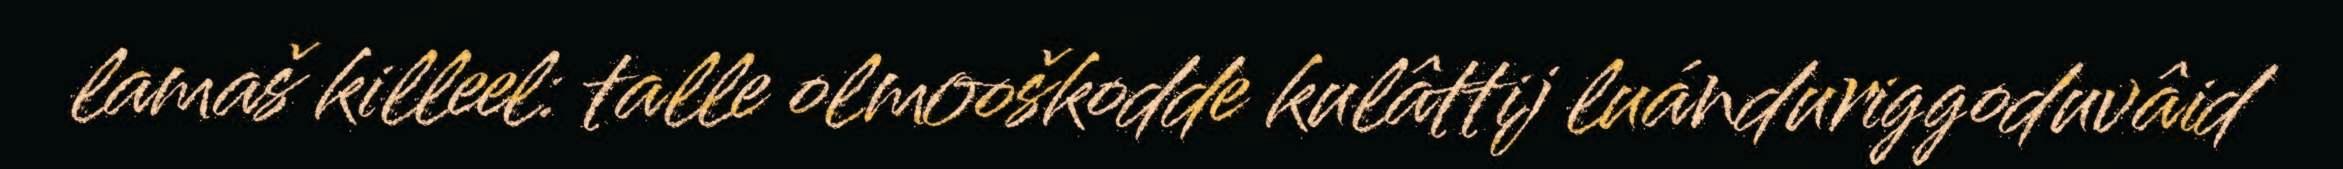
lamaš killeel: talle olmooškodde kulâttij luánduriggoduvâid